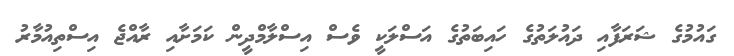
ގައުމުގެ ޝަރަފާއި ދައުލަތުގެ ހައިބަތުގެ އަސްލަކީ ވެސް އިސްލާމްދީން ކަމަށާއި ރާއްޖެ އިސްތިއުމާރު